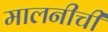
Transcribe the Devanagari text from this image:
मालनीची